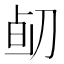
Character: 𠝅